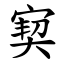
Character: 㝣